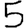
Digit: 5